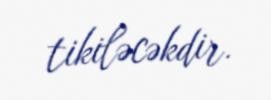
tikiləcəkdir.